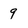
Character: 9